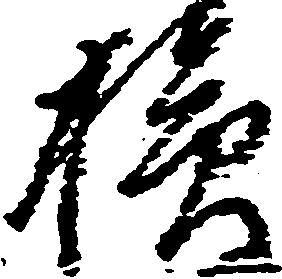
損